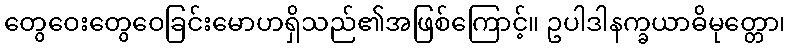
တွေဝေးတွေဝေခြင်းမောဟရှိသည်၏အဖြစ်ကြောင့်။ ဥပါဒါနက္ခယာဓိမုတ္တော၊